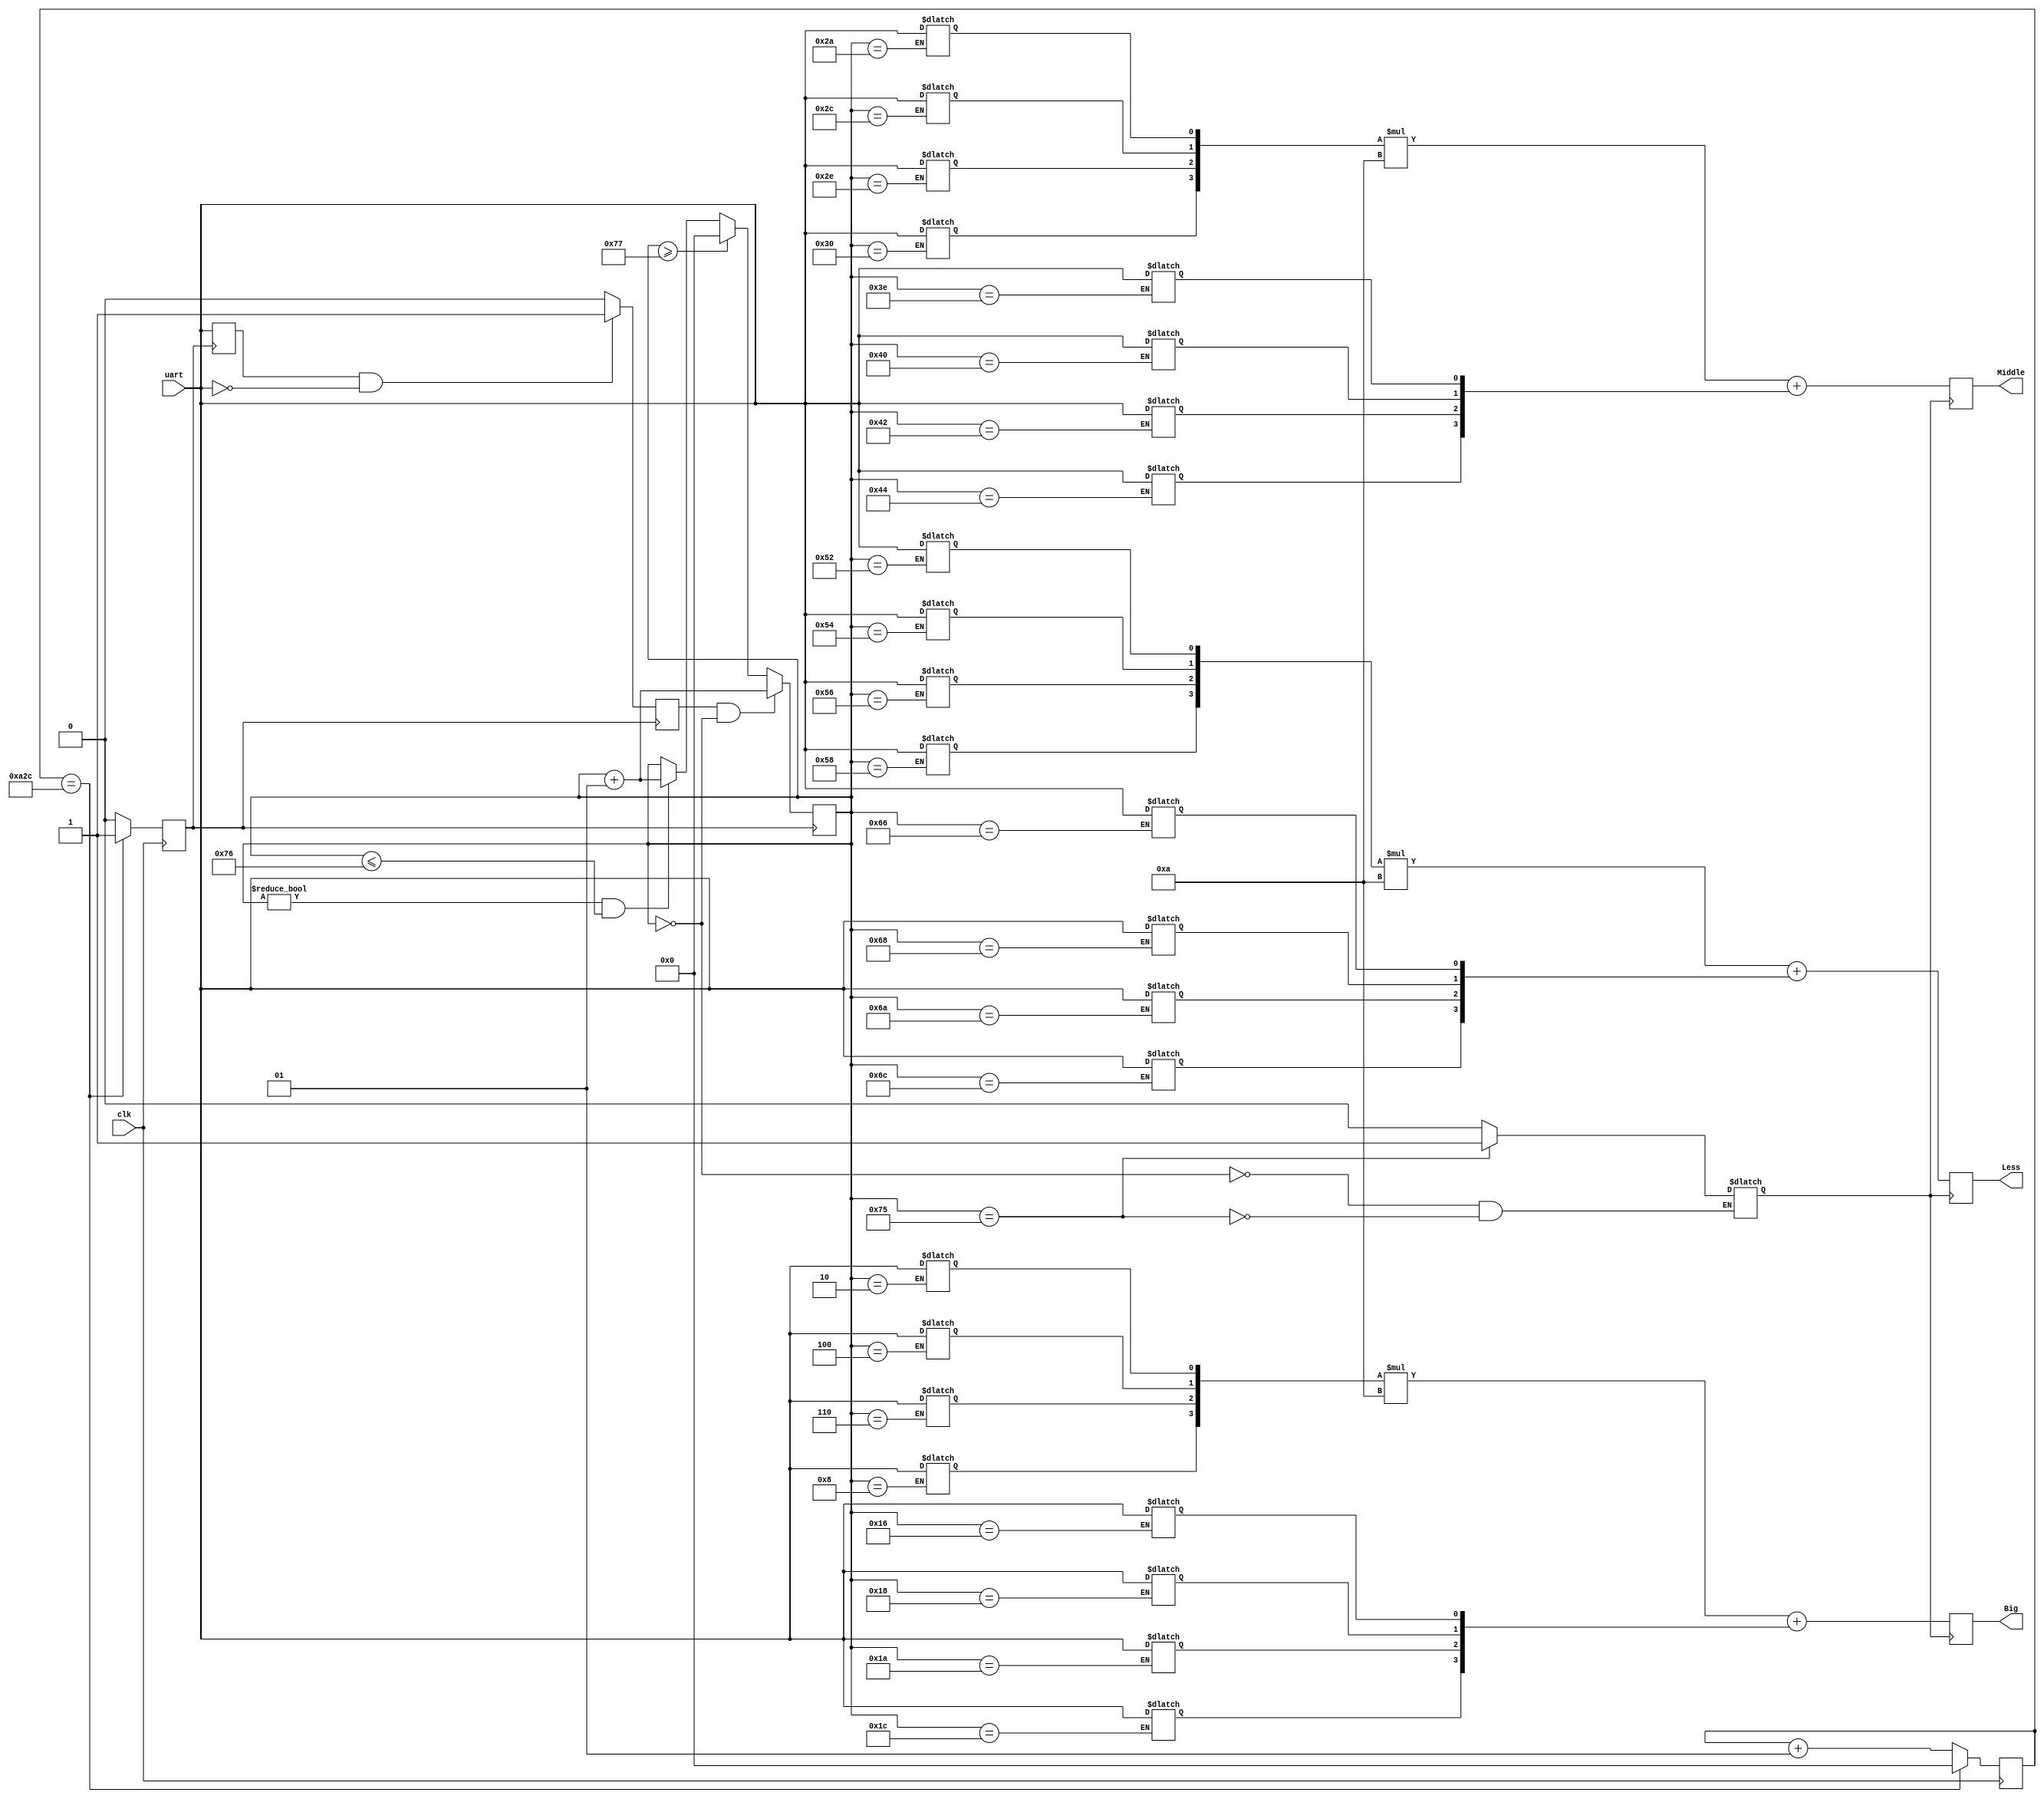
module receive (
input uart,
input clk,
output reg [6:0]Less,
output reg [6:0]Middle,
output reg [6:0]Big
);

reg [47:0]led_out;
reg uart_d; //
integer x = 1'b 0;
reg clk_2 = 1'b0;//19200hz
integer cnt = 1'b0;//
reg flag = 1'b0;

always@ (posedge clk) //19200
begin

if (x == 2604) //clkclk_2
begin
x <= 1'b0;
clk_2 <= 1'b1;
end

else 
begin
x <= x + 1;
clk_2 <= 1'b0;
end 
end 

always@ (posedge clk_2) //uart_d == 1 && uart == 0  ,cnt20
begin

uart_d <= uart;

if (uart_d == 1'b1 && uart == 1'b0)
begin 
flag <= 1'b1;
end 

else flag <= 1'b0;

if (flag==1'b1 && cnt == 1'b0)
begin
cnt <= cnt + 1;
end

else if (cnt >= 119) cnt <= 1'b0;

else if (cnt != 0 && cnt <= 118) cnt <= cnt + 1;

end

reg flag2 = 1'b0;//ASCII8421BCD

always@ (cnt)
begin

case (cnt)
0 : flag2 <= 1'b0; //flag

2 : led_out[47] <= uart;
4 : led_out[46] <= uart;
6 : led_out[45] <= uart;
8 : led_out[44] <= uart;
10 : led_out[43] <= uart;
12 : led_out[42] <= uart;
14 : led_out[41] <= uart;
16 : led_out[40] <= uart;

22 : led_out[39] <= uart;
24 : led_out[38] <= uart;
26 : led_out[37] <= uart;
28 : led_out[36] <= uart;
30 : led_out[35] <= uart;
32 : led_out[34] <= uart;
34 : led_out[33] <= uart;
36 : led_out[32] <= uart;

42 : led_out[31] <= uart;
44 : led_out[30] <= uart;
46 : led_out[29] <= uart;
48 : led_out[28] <= uart;
50 : led_out[27] <= uart;
52 : led_out[26] <= uart;
54 : led_out[25] <= uart;
56 : led_out[24] <= uart;

62 : led_out[23] <= uart;
64 : led_out[22] <= uart;
66 : led_out[21] <= uart;
68 : led_out[20] <= uart;
70 : led_out[19] <= uart;
72 : led_out[18] <= uart;
74 : led_out[17] <= uart;
76 : led_out[16] <= uart;

82 : led_out[15] <= uart;
84 : led_out[14] <= uart;
86 : led_out[13] <= uart;
88 : led_out[12] <= uart;
90 : led_out[11] <= uart;
92 : led_out[10] <= uart;
94 : led_out[9] <= uart;
96 : led_out[8] <= uart;

102 : led_out[7] <= uart;
104 : led_out[6] <= uart;
106 : led_out[5] <= uart;
108 : led_out[4] <= uart;
110 : led_out[3] <= uart;
112 : led_out[2] <= uart;
114 : led_out[1] <= uart;
116 : led_out[0] <= uart;
117 : flag2 <= 1'b1;
default ;
endcase;

end

always@ (posedge flag2)
begin
Big <= {led_out[44],led_out[45],led_out[46],led_out[47]}*10 + {led_out[36],led_out[37],led_out[38],led_out[39]};
Middle <= {led_out[28],led_out[29],led_out[30],led_out[31]}*10 + {led_out[20],led_out[21],led_out[22],led_out[23]};
Less <= {led_out[12],led_out[13],led_out[14],led_out[15]}*10 + {led_out[4],led_out[5],led_out[6],led_out[7]};
end

endmodule